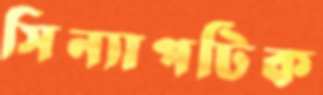
সিন্যাপটিক